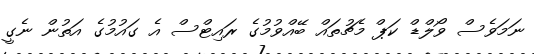
ނަމަވެސް ވޯލްޑް ކަޕް މެޗުތައް ބޭއްވުމުގެ ރައިޓްސް އެ ގައުމުގެ އަތުން ނެގީ